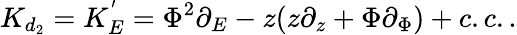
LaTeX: K_{d_{2}}=K_{E}^{'}=\Phi^{2}\partial_{E}-z(z\partial_{z}+\Phi\partial_{\Phi})+c.c..